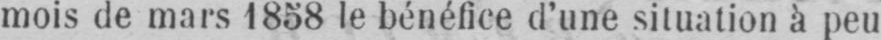
mois de mars 1858 le bénéfice d’une situation à peu